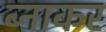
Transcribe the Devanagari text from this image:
ब्नाकर